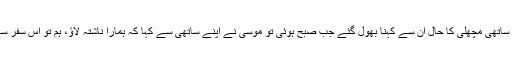
سیدنا موسیٰؑ اور ان کے ساتھی کے لئے تعجب ہوا پھر دونوں چلے دن بھر اور رات بھر اور موسیٰؑ کے ساتھی مچھلی کا حال ان سے کہنا بھول گئے جب صبح ہوئی تو موسیٰؑ نے اپنے ساتھی سے کہا کہ ہمارا ناشتہ لاؤ، ہم تو اس سفر سے تھک گئے ہیں اور تھکاوٹ اسی وقت ہوئی جب اس جگہ سے آگے بڑھے جہاں جانے کا حکم ہوا تھا۔